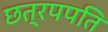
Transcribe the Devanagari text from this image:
छत्रपपति